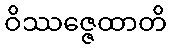
ဝိဿဇ္ဇေထာတိ